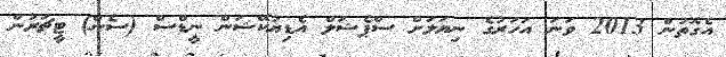
އެގޮތުން 2013 ވަނަ އަހަރުގެ ނިޔަލަށް ސްޕެޝަލް އެޑިޔުކޭޝަން ނީޑްސް (ސެން) ޓީޗަރުން